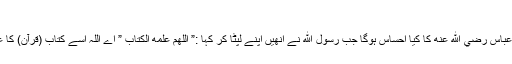
”
– عبدالله بن عباس رضي الله عنه کا کیا احساس ہوگا جب رسول الله نے انھیں اپنے لپٹا کر کہا :” اللهم علمه الكتاب ” اے اللہ اِسے کتاب (قرآن) کا علم عطا کر”۔